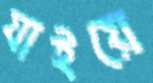
যাইয়ে